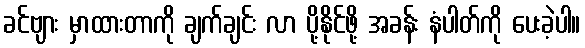
ခင်ဗျား မှာထားတာကို ချက်ချင်း လာ ပို့နိုင်ဖို့ အခန်း နံပါတ်ကို ပေးခဲ့ပါ။